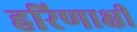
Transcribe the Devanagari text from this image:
हरिणाक्षी